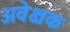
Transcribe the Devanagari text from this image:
अवेक्षक